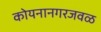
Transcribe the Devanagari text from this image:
कोयनानगरजवळ